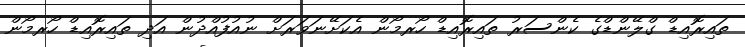
ތައިރޮއިޑް ގްލޭންޑްގެ ކެންސަރު ތައިރޮއިޑް ހޯރމޯން އެކަށޭނަވަރަށް ނުއުފުއްދުން އަދި ތައިރޮއިޑް ހޯރމޯން